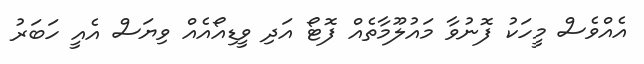
އެއްވެސް މީހަކު ފޮނުވާ މައުލޫމާތެއް ފޮޓޯ އަދި ވީޑިއޯއެއް ވިޔަސް އެއީ ހަބަރު